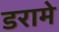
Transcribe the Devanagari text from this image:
डरामे